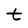
Character: t